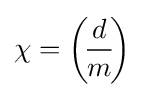
\chi =\left(\!{\frac {d}{m}}\!\right)